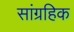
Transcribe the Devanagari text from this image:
सांग्रहिक